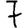
Digit: 7